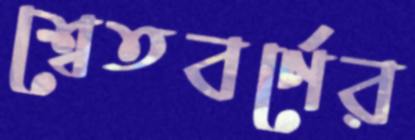
শ্বেতবর্ণের